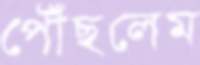
পৌঁছলেম